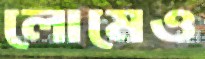
লোমেও